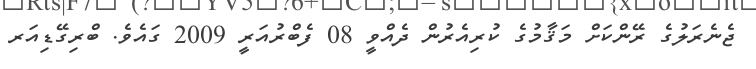
ޖެނެރަލުގެ ރޭންކަށް މަޤާމުގެ ކުރިއެރުން ދެއްވީ 08 ފެބްރުއަރީ 2009 ގައެވެ. ބްރިގޭޑިއަރ